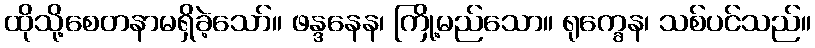
ထိုသို့စေတနာမရှိခဲ့သော်။ ဖန္ဒနေန၊ ကြို့မည်သော။ ရုက္ခေန၊ သစ်ပင်သည်။